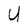
Character: U